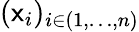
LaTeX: (\mathsf{x}_{i})_{i\in(1,\ldots,n)}